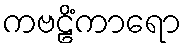
ကဗဠိံကာရော